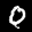
Label: 0